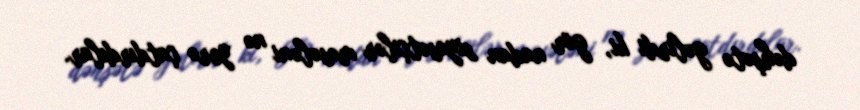
dəhşətə gəlirdi ki, gör nadan siyasətçilər məsələni nə yerə çatdırdılar.